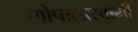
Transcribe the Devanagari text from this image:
गोपालास्वामी